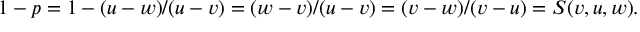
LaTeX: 1 - p = 1 - ( u - w ) / ( u - v ) = ( w - v ) / ( u - v ) = ( v - w ) / ( v - u ) = S ( v , u , w ) .